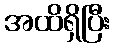
အထိရှိပြီး